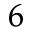
_ { 6 }